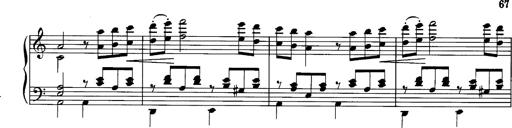
Title: La romanesca
Composer: Franz Liszt